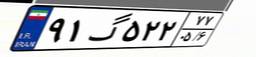
۹۱گ۵۲۲۷۷